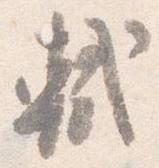
軾